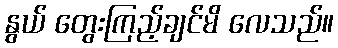
နွယ် တွေးကြည့်ချင်မိ လေသည်။